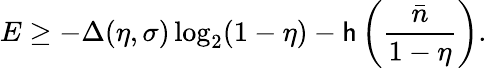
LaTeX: E\geq-\Delta(\eta,\sigma)\log_{2}(1-\eta)-\mathsf{h}\left(\frac{{\bar{{n}}}}{{1-\eta}}\right).